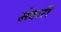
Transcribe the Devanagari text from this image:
मेवारी